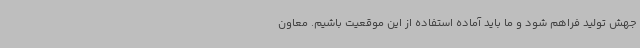
جهش تولید فراهم شود و ما باید آماده استفاده از این موقعیت باشیم. معاون